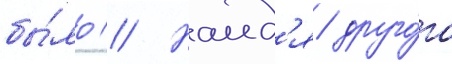
бы́ло // Наид'я друго́го